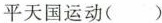
平天国运动( )